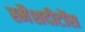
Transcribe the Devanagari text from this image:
स्मैशदीटोंस